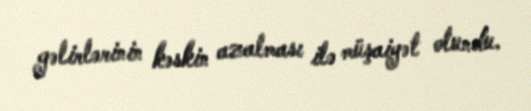
gəlirlərinin kəskin azalması ilə müşaiyət olundu.